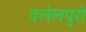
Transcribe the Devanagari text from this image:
दलेलपुरो